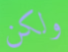
ولكن